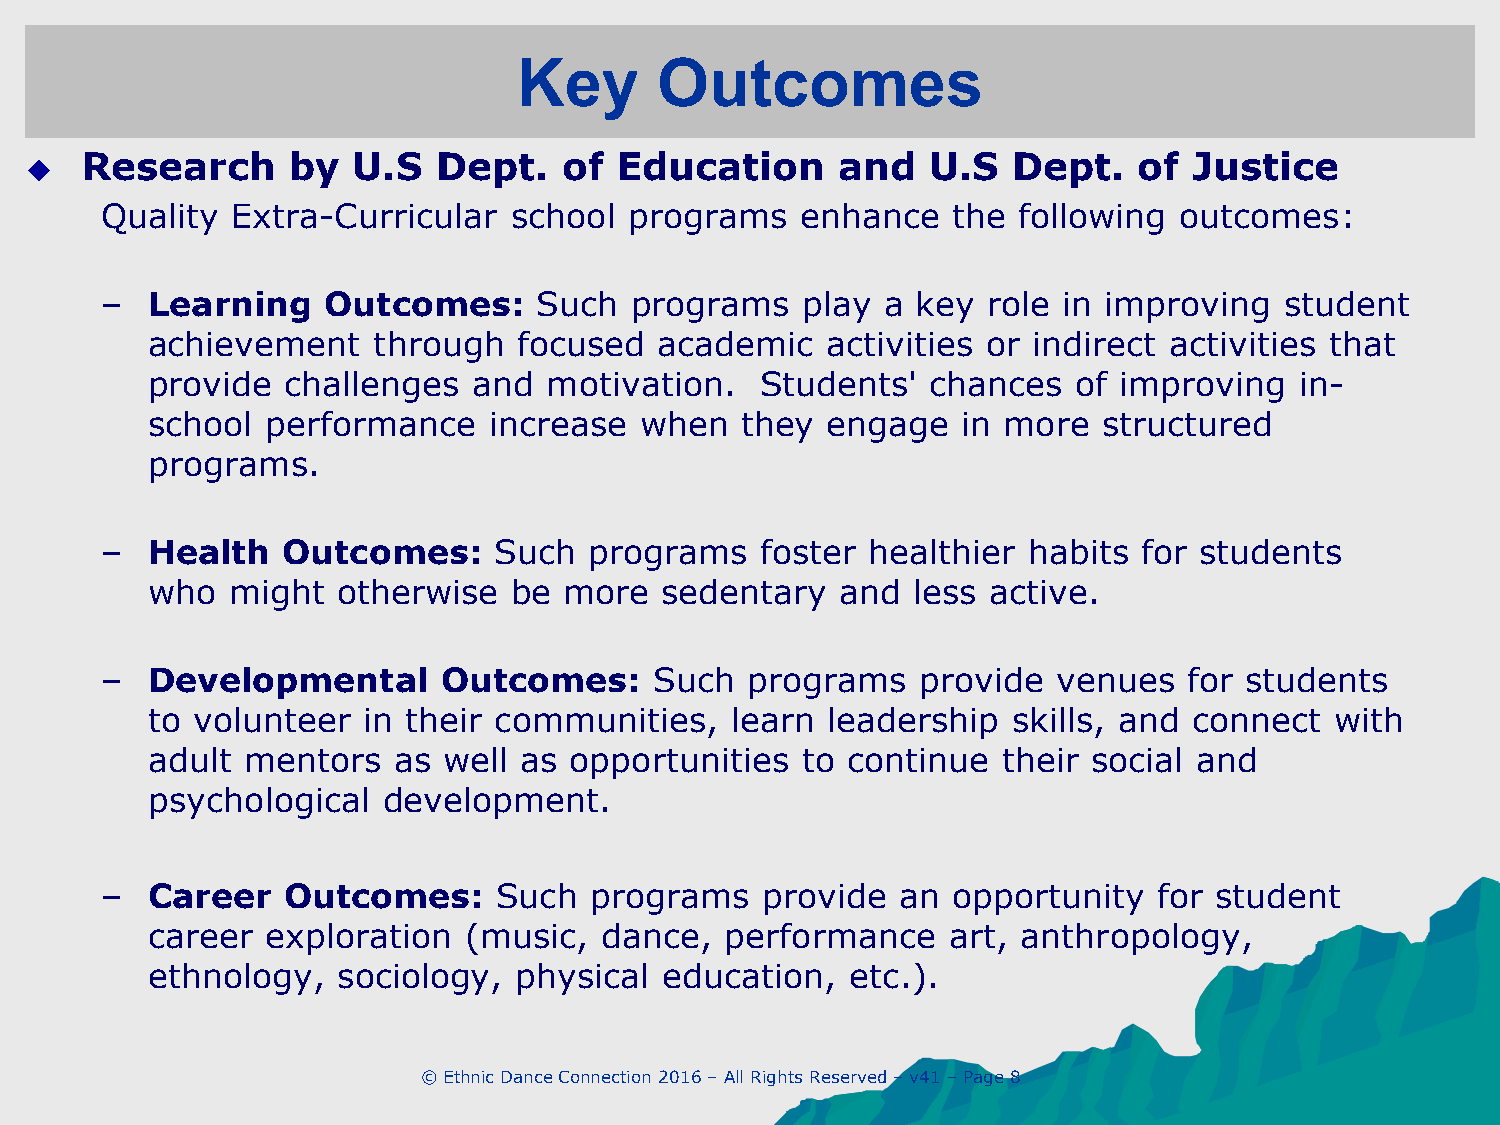
Key       Outcomes
   Research      by  U.S   Dept.   of  Education     and   U.S   Dept.   of  Justice
 Quality Extra-Curricular   school  programs   enhance   the following  outcomes:
 –  Learning   Outcomes:      Such  programs   play  a key role in improving   student
 achievement    through  focused   academic   activities or indirect activities that
 provide  challenges  and  motivation.   Students'   chances  of improving   in-
 school  performance   increase  when   they  engage   in more  structured
 programs.
 –  Health   Outcomes:     Such  programs   foster  healthier habits  for students
 who  might  otherwise   be more   sedentary   and less active.
 –  Developmental      Outcomes:     Such  programs    provide  venues   for students
 to volunteer  in their communities,   learn  leadership  skills, and connect  with
 adult mentors   as well as  opportunities  to continue  their social and
 psychological  development.
 –  Career   Outcomes:     Such  programs   provide   an opportunity   for student
 career  exploration  (music,  dance,  performance    art, anthropology,
 ethnology,  sociology,  physical  education,  etc.).
 © Ethnic Dance Connection 2016 – All Rights Reserved – v41 – Page 8